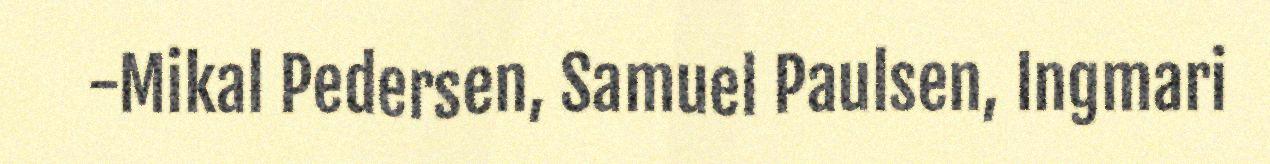
-Mikal Pedersen, Samuel Paulsen, Ingmari